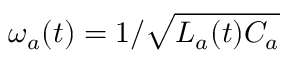
\omega _ { a } ( t ) = 1 / \sqrt { L _ { a } ( t ) C _ { a } }